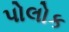
પોલોક